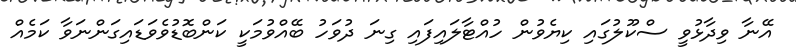
އޭނާ ވިދާޅުވީ ސްކޫލުގައި ކިޔެވުން ހުއްޓާލައިފައި ގިނަ ދުވަހު ބޭއްވުމަކީ ކަންބޮޑުވެވަޑައިގަންނަވާ ކަމެއް